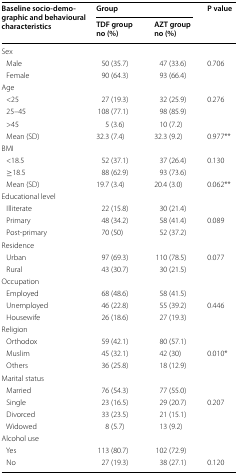
<table><thead><tr><td rowspan="2"><b>Baseline socio-demographic and behavioural characteristics</b></td><td colspan="2"><b>Group</b></td><td><b>P value</b></td></tr><tr><td><b>TDF group no (%)</b></td><td><b>AZT group no (%)</b></td><td></td></tr></thead><tbody><tr><td colspan="4">Sex</td></tr><tr><td> Male</td><td>50 (35.7)</td><td>47 (33.6)</td><td>0.706</td></tr><tr><td> Female</td><td>90 (64.3)</td><td>93 (66.4)</td><td></td></tr><tr><td colspan="4">Age</td></tr><tr><td> &lt;25</td><td>27 (19.3)</td><td>32 (25.9)</td><td>0.276</td></tr><tr><td> 25–45</td><td>108 (77.1)</td><td>98 (85.9)</td><td></td></tr><tr><td> &gt;45</td><td>5 (3.6)</td><td>10 (7.2)</td><td></td></tr><tr><td> Mean (SD)</td><td>32.3 (7.4)</td><td>32.3 (9.2)</td><td>0.977**</td></tr><tr><td colspan="4">BMI</td></tr><tr><td> &lt;18.5</td><td>52 (37.1)</td><td>37 (26.4)</td><td>0.130</td></tr><tr><td> ≥18.5</td><td>88 (62.9)</td><td>93 (73.6)</td><td></td></tr><tr><td> Mean (SD)</td><td>19.7 (3.4)</td><td>20.4 (3.0)</td><td>0.062**</td></tr><tr><td colspan="4">Educational level</td></tr><tr><td> Illiterate</td><td>22 (15.8)</td><td>30 (21.4)</td><td></td></tr><tr><td> Primary</td><td>48 (34.2)</td><td>58 (41.4)</td><td>0.089</td></tr><tr><td> Post-primary</td><td>70 (50)</td><td>52 (37.2)</td><td></td></tr><tr><td colspan="4">Residence</td></tr><tr><td> Urban</td><td>97 (69.3)</td><td>110 (78.5)</td><td>0.077</td></tr><tr><td> Rural</td><td>43 (30.7)</td><td>30 (21.5)</td><td></td></tr><tr><td colspan="4">Occupation</td></tr><tr><td> Employed</td><td>68 (48.6)</td><td>58 (41.5)</td><td></td></tr><tr><td> Unemployed</td><td>46 (22.8)</td><td>55 (39.2)</td><td>0.446</td></tr><tr><td> Housewife</td><td>26 (18.6)</td><td>27 (19.3)</td><td></td></tr><tr><td colspan="4">Religion</td></tr><tr><td> Orthodox</td><td>59 (42.1)</td><td>80 (57.1)</td><td></td></tr><tr><td> Muslim</td><td>45 (32.1)</td><td>42 (30)</td><td>0.010*</td></tr><tr><td> Others</td><td>36 (25.8)</td><td>18 (12.9)</td><td></td></tr><tr><td colspan="4">Marital status</td></tr><tr><td> Married</td><td>76 (54.3)</td><td>77 (55.0)</td><td></td></tr><tr><td> Single</td><td>23 (16.5)</td><td>29 (20.7)</td><td>0.207</td></tr><tr><td> Divorced</td><td>33 (23.5)</td><td>21 (15.1)</td><td></td></tr><tr><td> Widowed</td><td>8 (5.7)</td><td>13 (9.2)</td><td></td></tr><tr><td colspan="4">Alcohol use</td></tr><tr><td> Yes</td><td>113 (80.7)</td><td>102 (72.9)</td><td></td></tr><tr><td> No</td><td>27 (19.3)</td><td>38 (27.1)</td><td>0.120</td></tr></tbody></table>